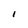
Character: I